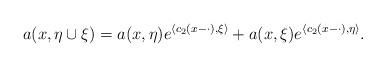
LaTeX: \begin{align*} a(x,\eta\cup\xi)=a(x,\eta)e^{\langle c_2(x-\cdot),\xi\rangle} +a(x,\xi)e^{\langle c_2(x-\cdot),\eta\rangle}. \end{align*}